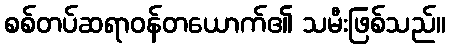
စစ်တပ်ဆရာဝန်တယောက်၏ သမီးဖြစ်သည်။